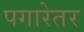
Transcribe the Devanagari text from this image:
पगारेतर